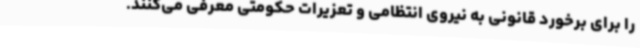
را برای برخورد قانونی به نیروی انتظامی و تعزیرات حکومتی معرفی می‌کنند.